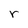
Character: r